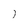
Character: 1